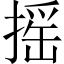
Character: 摇